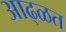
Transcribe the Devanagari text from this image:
आढ्ळत